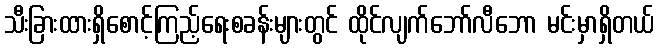
သီးခြားထားရှိစောင့်ကြည့်ရေးစခန်းများတွင် ထိုင်လျက်ဘော်လီဘော မင်းမှာရှိတယ်